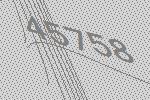
45758